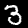
Digit: 3